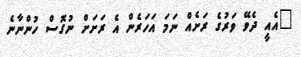
"އެއީ ދެވޭ ވަރުގެ ރަށެއް ނަމަ އަހަރެން އެ ރަށަށް ނުގޮސް ހުންނާނެ